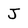
Character: J